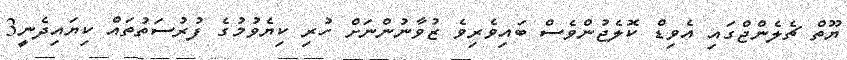
ޔޫތް ޗެލެންޖްގައި އެވިޑް ކޮލެޖުންވެސް ބައިވެރިވެ ޒުވާނުންނަށް ހުރި ކިޔެވުމުގެ ފުރުސަތުތައް ކިޔައިދެނީ3